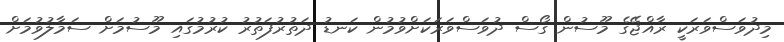
މިދުވަސްވަރަކީ ރާއްޖޭގެ މޫސުން ގޯސް ދުވަސްވަރަކަށްވުމުން ކަނޑު ދަތުރުފަތުރު ކުރުމުގައި މޫސުމަށް ސަމާލުވުމަށް